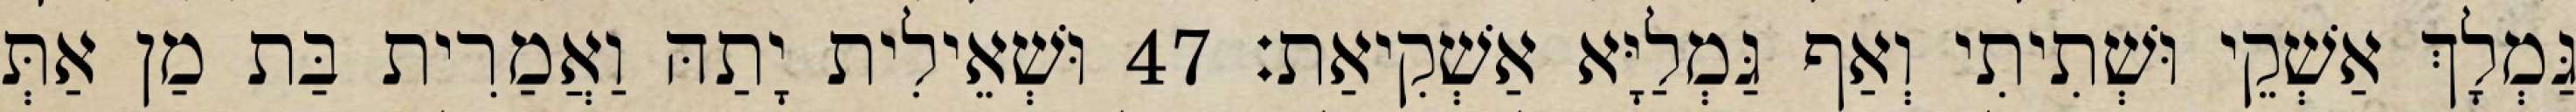
גַּמְלָךְ אַשְׁקֵי וּשְׁתִיתִי וְאַף גַּמְלַיָּא אַשְׁקִיאַת׃ 47 וּשְׁאֵילִית יָתַהּ וַאֲמַרִית בַּת מַן אַתְּ